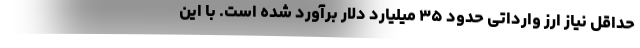
حداقل نیاز ارز وارداتی حدود ۳۵ میلیارد دلار برآورد شده است. با این